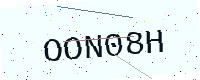
Text: OON08H